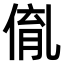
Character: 𠋃